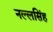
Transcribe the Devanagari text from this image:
नल्लसिंह